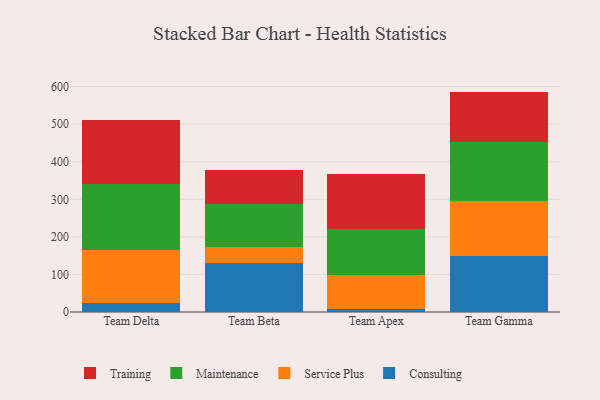
{"axis": {"x": "Team", "y": "Humidity (%)"}, "legend": ["Consulting", "Maintenance", "Service Plus", "Training"], "data": [{"x": "Team Delta", "y": 25.2, "type": "Consulting"}, {"x": "Team Delta", "y": 139.4, "type": "Service Plus"}, {"x": "Team Delta", "y": 177.0, "type": "Maintenance"}, {"x": "Team Delta", "y": 170.8, "type": "Training"}, {"x": "Team Beta", "y": 129.5, "type": "Consulting"}, {"x": "Team Beta", "y": 44.6, "type": "Service Plus"}, {"x": "Team Beta", "y": 112.9, "type": "Maintenance"}, {"x": "Team Beta", "y": 91.8, "type": "Training"}, {"x": "Team Apex", "y": 9.1, "type": "Consulting"}, {"x": "Team Apex", "y": 90.7, "type": "Service Plus"}, {"x": "Team Apex", "y": 122.5, "type": "Maintenance"}, {"x": "Team Apex", "y": 145.3, "type": "Training"}, {"x": "Team Gamma", "y": 149.0, "type": "Consulting"}, {"x": "Team Gamma", "y": 146.7, "type": "Service Plus"}, {"x": "Team Gamma", "y": 157.1, "type": "Maintenance"}, {"x": "Team Gamma", "y": 134.0, "type": "Training"}]}